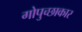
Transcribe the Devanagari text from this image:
गोपुच्छाकार